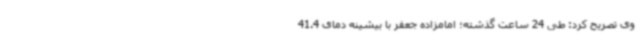
وی تصریح کرد: طی 24 ساعت گذشته؛ امامزاده جعفر با بیشینه دمای 41.4